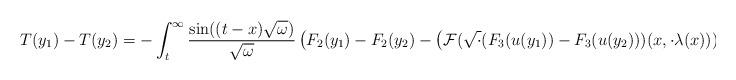
LaTeX: \begin{align*} T(y_{1})-T(y_{2}) = -\int_{t}^{\infty} \frac{\sin((t-x)\sqrt{\omega})}{\sqrt{\omega}} \left(F_{2}(y_{1})-F_{2}(y_{2})-\left(\mathcal{F}(\sqrt{\cdot}(F_{3}(u(y_{1}))-F_{3}(u(y_{2})))(x,\cdot \lambda(x))))(\omega \lambda(x)^{2})\right)\right)dx\end{align*}